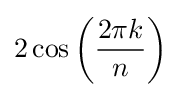
2\cos \left({\frac {2\pi k}{n}}\right)